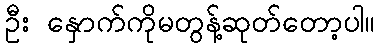
ဦး နှောက်ကိုမတွန့်ဆုတ်တော့ပါ။